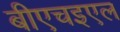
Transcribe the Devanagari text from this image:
बीएचइएल